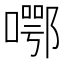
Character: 𱔜